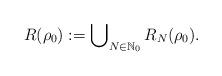
LaTeX: \begin{align*}R(\rho_0):=\bigcup\nolimits_{N\in\mathbb N_0}R_N(\rho_0).\end{align*}